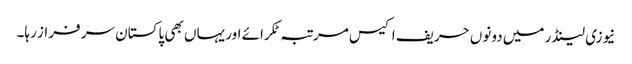
نیوزی لینڈر میں دونوں حریف اکیس مرتبہ ٹکرائے اور یہاں بھی پاکستان سر فراز رہا۔